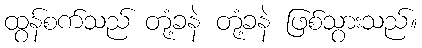
ထွန်စက်သည် တုံ့ခနဲ တုံ့ခနဲ ဖြစ်သွားသည်။